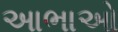
આભાઓ